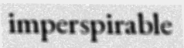
imperspirable